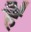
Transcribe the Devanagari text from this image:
है॑